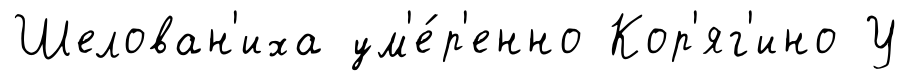
Шелован'иха ум'е́р'енно Кор'яг'ино У